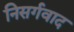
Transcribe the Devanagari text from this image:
निसर्गवाद